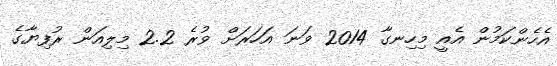
އެހެންކަމުން އެއީ މިހިނގާ 2014 ވަނަ އަހަރަށް ވުރެ 2.2 މިލިއަން ރުފިޔާގެ